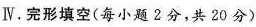
Ⅳ.完形填空(每小题2分,共 20 分)